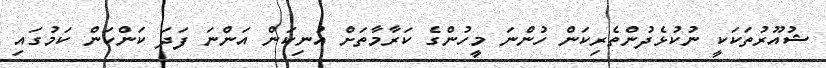
ޝުއޫރުތަކަކީ ނުކުޅެދުންތެރިކަން ހުންނަ މީހުންގެ ކަރާމާތަށް އުނިކަން އަންނަ ފަދަ ކަންކަން ކަމުގައި